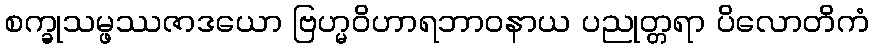
စက္ခုသမ္ဖဿဇာဒယော ဗြဟ္မဝိဟာရဘာဝနာယ ပညုတ္တရာ ပိလောတိကံ